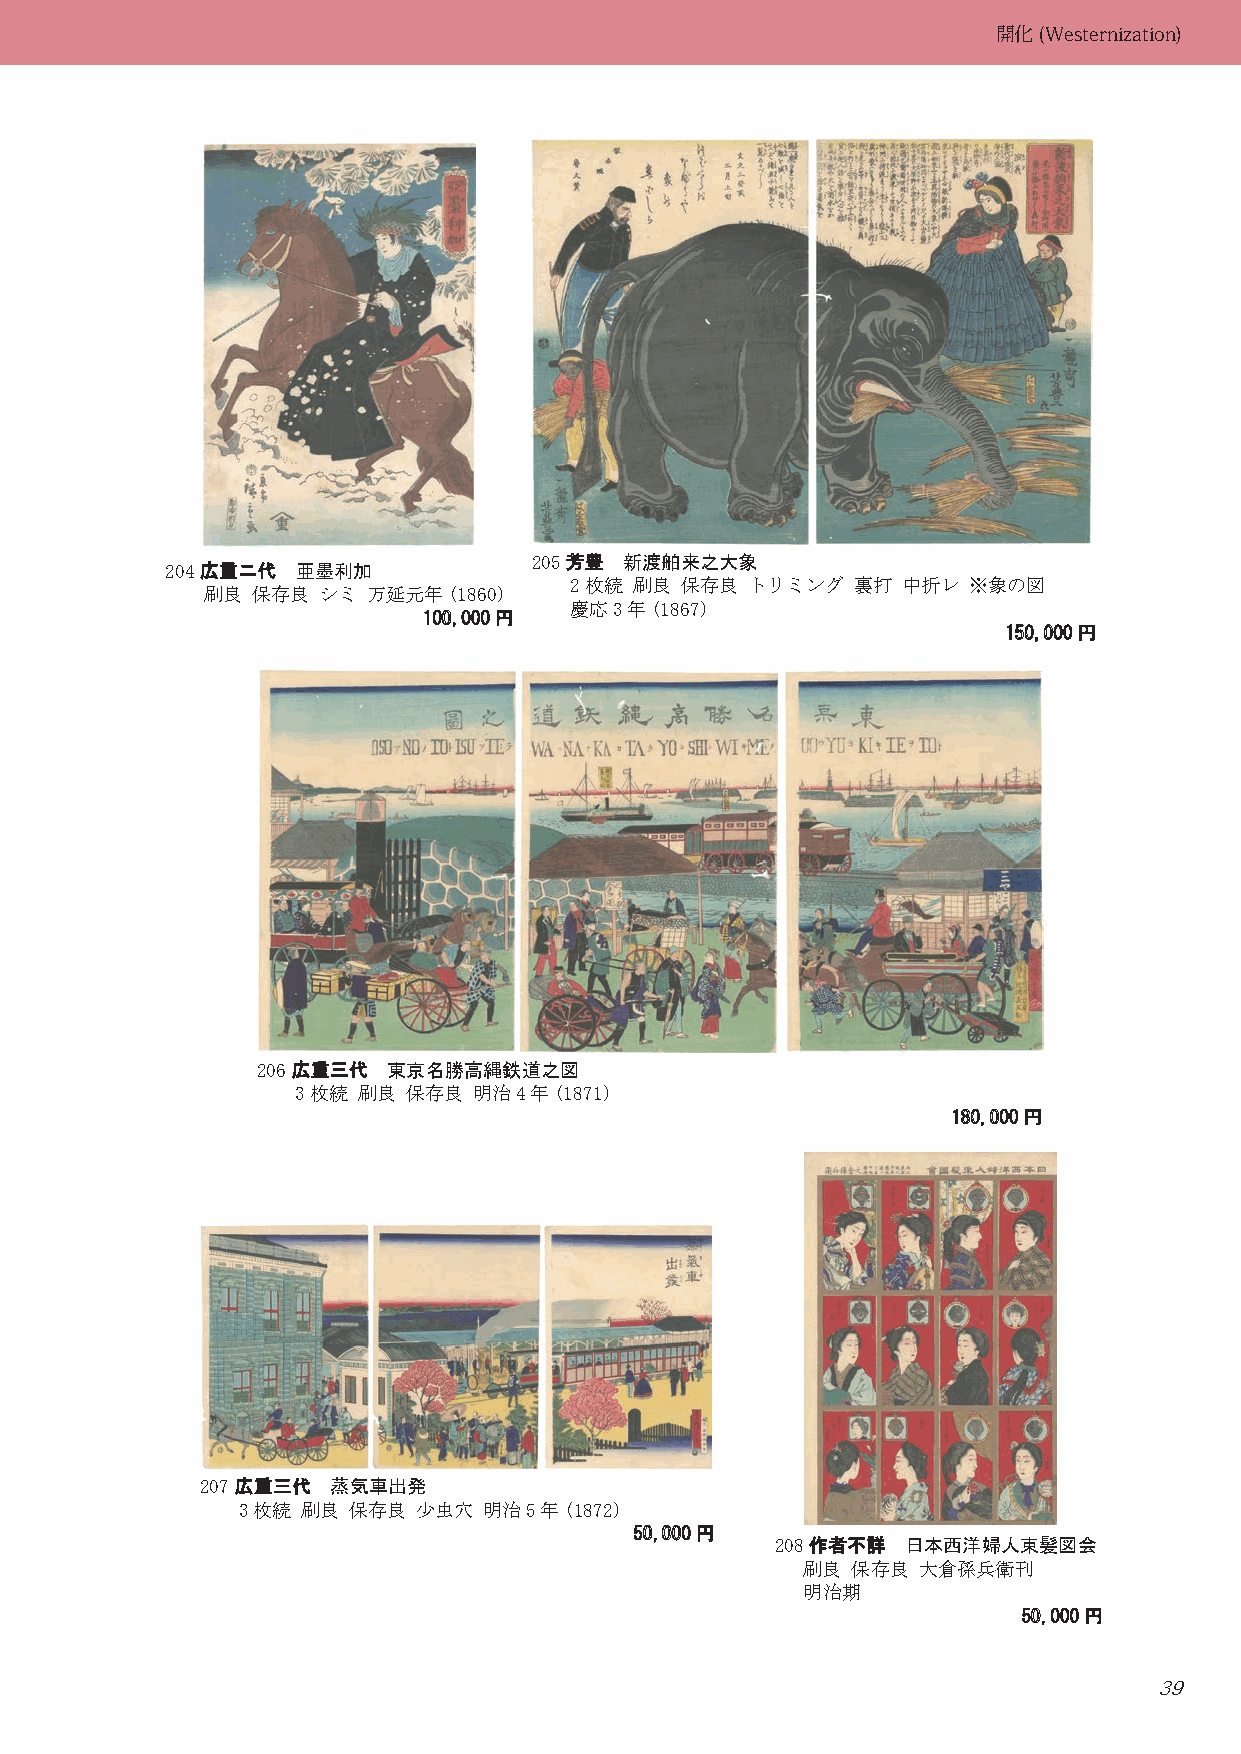
開化(Westernization)
 205芳芳豊豊 新渡舶来之大象
 204 広広重重ニニ代代 亜墨利加
 2枚続 刷良 保存良 トリミング  裏打  中折レ ※象の図
 刷良  保存良 シミ 万延元年(1860)
 慶応3年(1867)
 110000,,000000円円
 115500,,000000円円
 206 広広重重三三代代 東京名勝高縄鉄道之図
 3枚続 刷良 保存良 明治4年(1871)
 118800,,000000円円
 207 広広重重三三代代 蒸気車出発
 3枚続 刷良 保存良  少虫穴 明治5年(1872)
 5500,,000000円円
 208 作作者者不不詳詳 日本西洋婦人束髪図会
 刷良 保存良  大倉孫兵衛刊
 明治期
 5500,,000000円円
 39